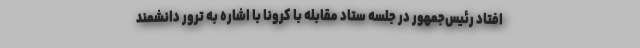
افتاد رئیس‌جمهور در جلسه ستاد مقابله با کرونا با اشاره به ترور دانشمند